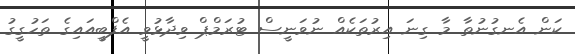
ކަން އެނގުނުތާ މާ ގިނަ އިރުތަކެއް ނުވަނީސް ޓުރަމްޕް ވިދާޅުވީ އެފްބީއައިގެ ތަހުގީގު